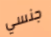
جنسي